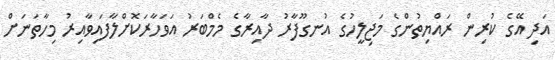
އަދި އޭގެ ކުރިން ރައްޔިތުންގެ މަޖިލީހުގެ އުނގޫފާރު ދާއިރާގެ މެމްބަރު އަވަހާރަކޮށްލާފައިވާއިރު މިހާތަނަށް